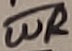
Text: WR